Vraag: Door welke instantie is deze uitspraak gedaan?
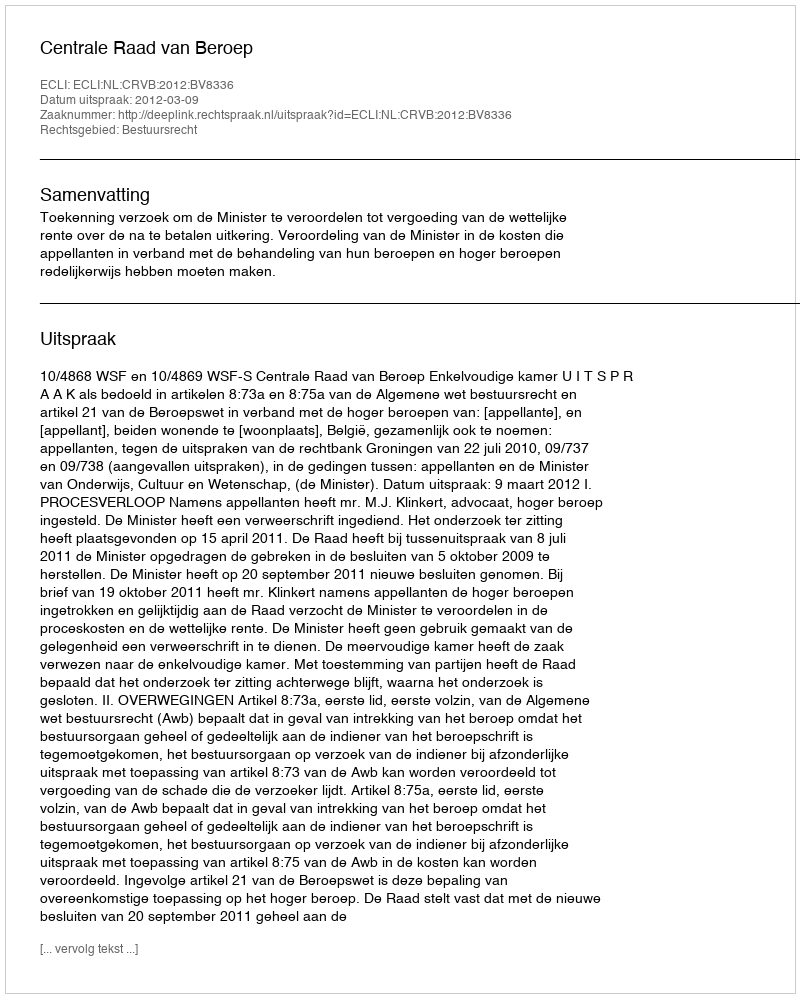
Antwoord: Centrale Raad van Beroep